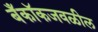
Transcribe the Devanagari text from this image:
बँकॉकजवळील